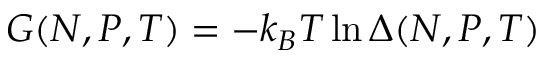
G ( N , P , T ) = - k _ { B } T \ln \Delta ( N , P , T ) \;